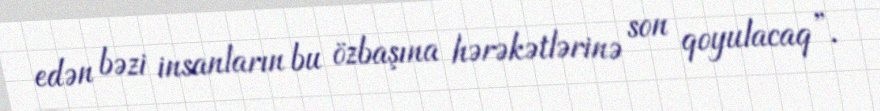
edən bəzi insanların bu özbaşına hərəkətlərinə son qoyulacaq”.